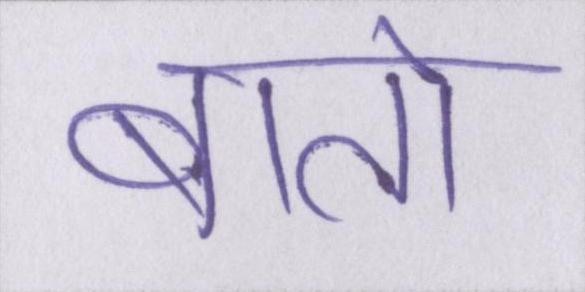
बातो